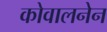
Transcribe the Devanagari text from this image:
कोवालनेन